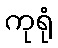
ကုရုံ